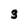
Character: 3